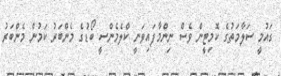
ގައުމީ ސަލާމަތުގެ ކޮމިޓީން ވެސް ނިންމާފައިވަނީ ކްލެމެންސީ ބޯޑުގެ މެންބަރު ކަމުން މެންބަރު